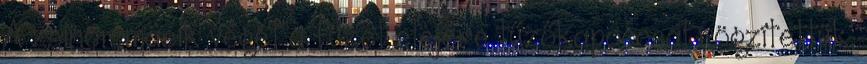
A zsinór másik végét a füzet elejére tűzőkapoccsal rögzítettük.